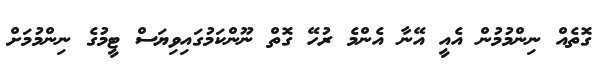
ގޮތެއް ނިންމުމުން އެއީ އޭނާ އެންމެ ރުހޭ ގޮތް ނޫންކަމުގައިވިޔަސް ޓީމުގެ ނިންމުމަށް